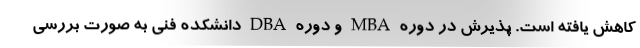
کاهش یافته است. پذیرش در دوره MBA و دوره DBA دانشکده فنی به صورت بررسی